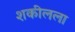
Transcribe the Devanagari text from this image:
शकीलला